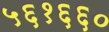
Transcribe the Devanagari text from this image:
५६१६६०